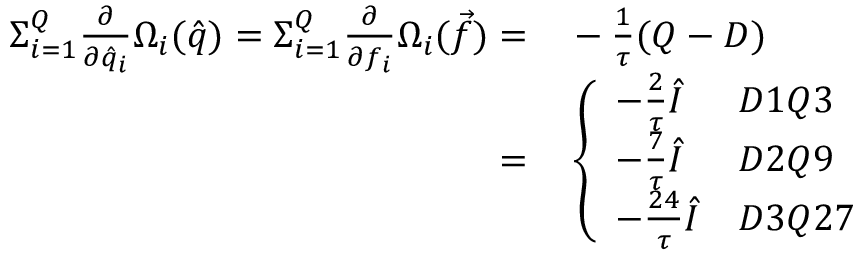
\begin{array} { r l } { { \Sigma } _ { i = 1 } ^ { Q } \frac { \partial } { \partial \hat { q } _ { i } } \Omega _ { i } ( \hat { q } ) = { \Sigma } _ { i = 1 } ^ { Q } \frac { \partial } { \partial f _ { i } } \Omega _ { i } ( \vec { f } ) = } & { { } - \frac { 1 } { \tau } ( Q - D ) } \\ { = } & { { } \left\{ \begin{array} { l l } { - \frac { 2 } { \tau } \hat { I } } & { D 1 Q 3 } \\ { - \frac { 7 } { \tau } \hat { I } } & { D 2 Q 9 } \\ { - \frac { 2 4 } { \tau } \hat { I } } & { D 3 Q 2 7 } \end{array} \right. } \end{array}